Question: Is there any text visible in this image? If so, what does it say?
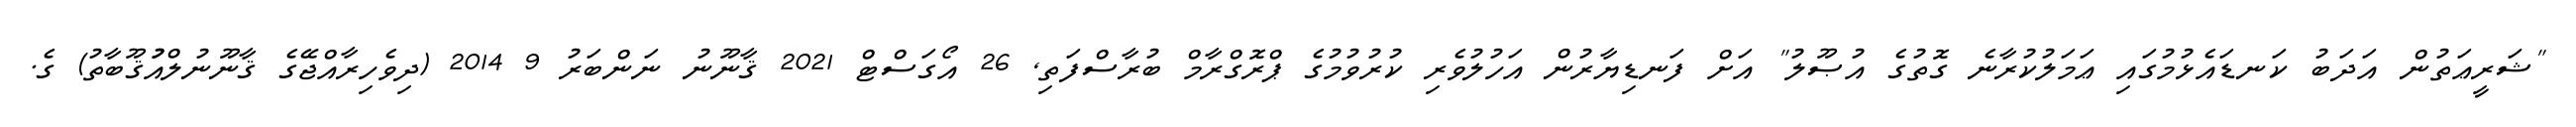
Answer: "ޝަރީޢަތުން އަދަބު ކަނޑައެޅުމުގައި ޢަމަލުކުރާނެ ގޮތުގެ އުޞޫލު" އަށް ފަނޑިޔާރުން އަހުލުވެރި ކުރުވުމުގެ ޕްރޮގްރާމް ބުރާސްފަތި, 26 އޯގަސްޓް 2021 ޤާނޫނު ނަންބަރު 9 2014 (ދިވެހިރާއްޖޭގެ ޤާނޫނުލްއުުޤޫބާތު) ގެ.